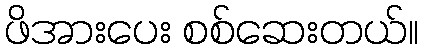
ဖိအားပေး စစ်ဆေးတယ်။